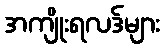
အကျိုးရလဒ်များ